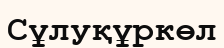
Сұлуқұркөл